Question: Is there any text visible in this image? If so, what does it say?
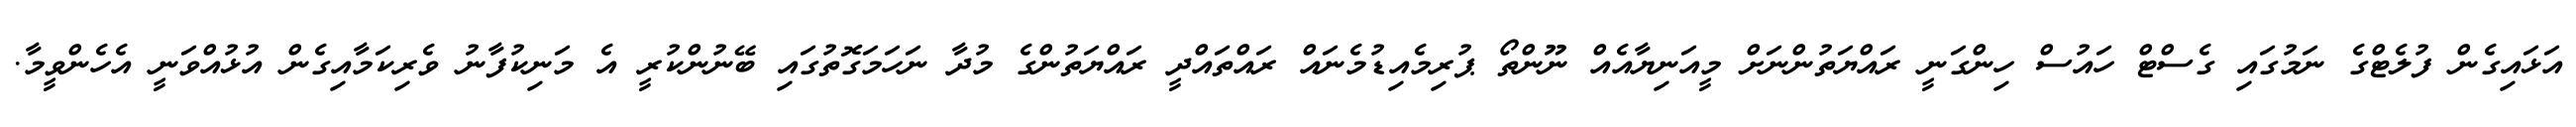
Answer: އަޅައިގެން ފުލެޓްގެ ނަމުގައި ގެސްޓް ހައުސް ހިންގަނީ ރައްޔަތުންނަށް މީއަނިޔާއެއް ނޫންތޯ ޕުރިމެއިޑުމެނައް ރައްތައްދީ ރައްޔަތުންގެ މުދާ ނަހަމަގޮތުގައި ބޭނުންކުރީ އެ މަނިކުފާނު ވެރިކަމާއިގެން އުޅުއްވަނީ އެހެންވީމާ.